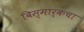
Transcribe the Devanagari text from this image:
बिस्मार्कचा